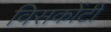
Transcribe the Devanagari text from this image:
विसकोंटी